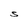
Character: S